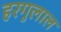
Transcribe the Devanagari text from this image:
हरगुलाल